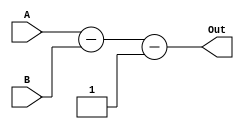
module Sub(A, B, Out);

    parameter WIDTH = 64;

    input [WIDTH-1:0] A, B;
    output [WIDTH-1:0] Out;

    assign Out = A - B - 1;


endmodule